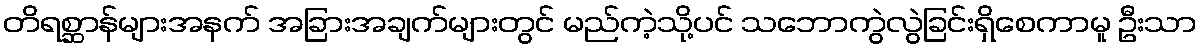
တိရစ္ဆာန်များအနက် အခြားအချက်များတွင် မည်ကဲ့သို့ပင် သဘောကွဲလွဲခြင်းရှိစေကာမူ ဦးသာ